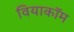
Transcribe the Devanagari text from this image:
वियाकॉम